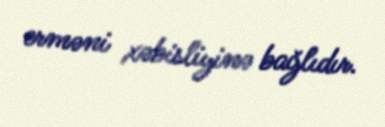
erməni xəbisliyinə bağlıdır.